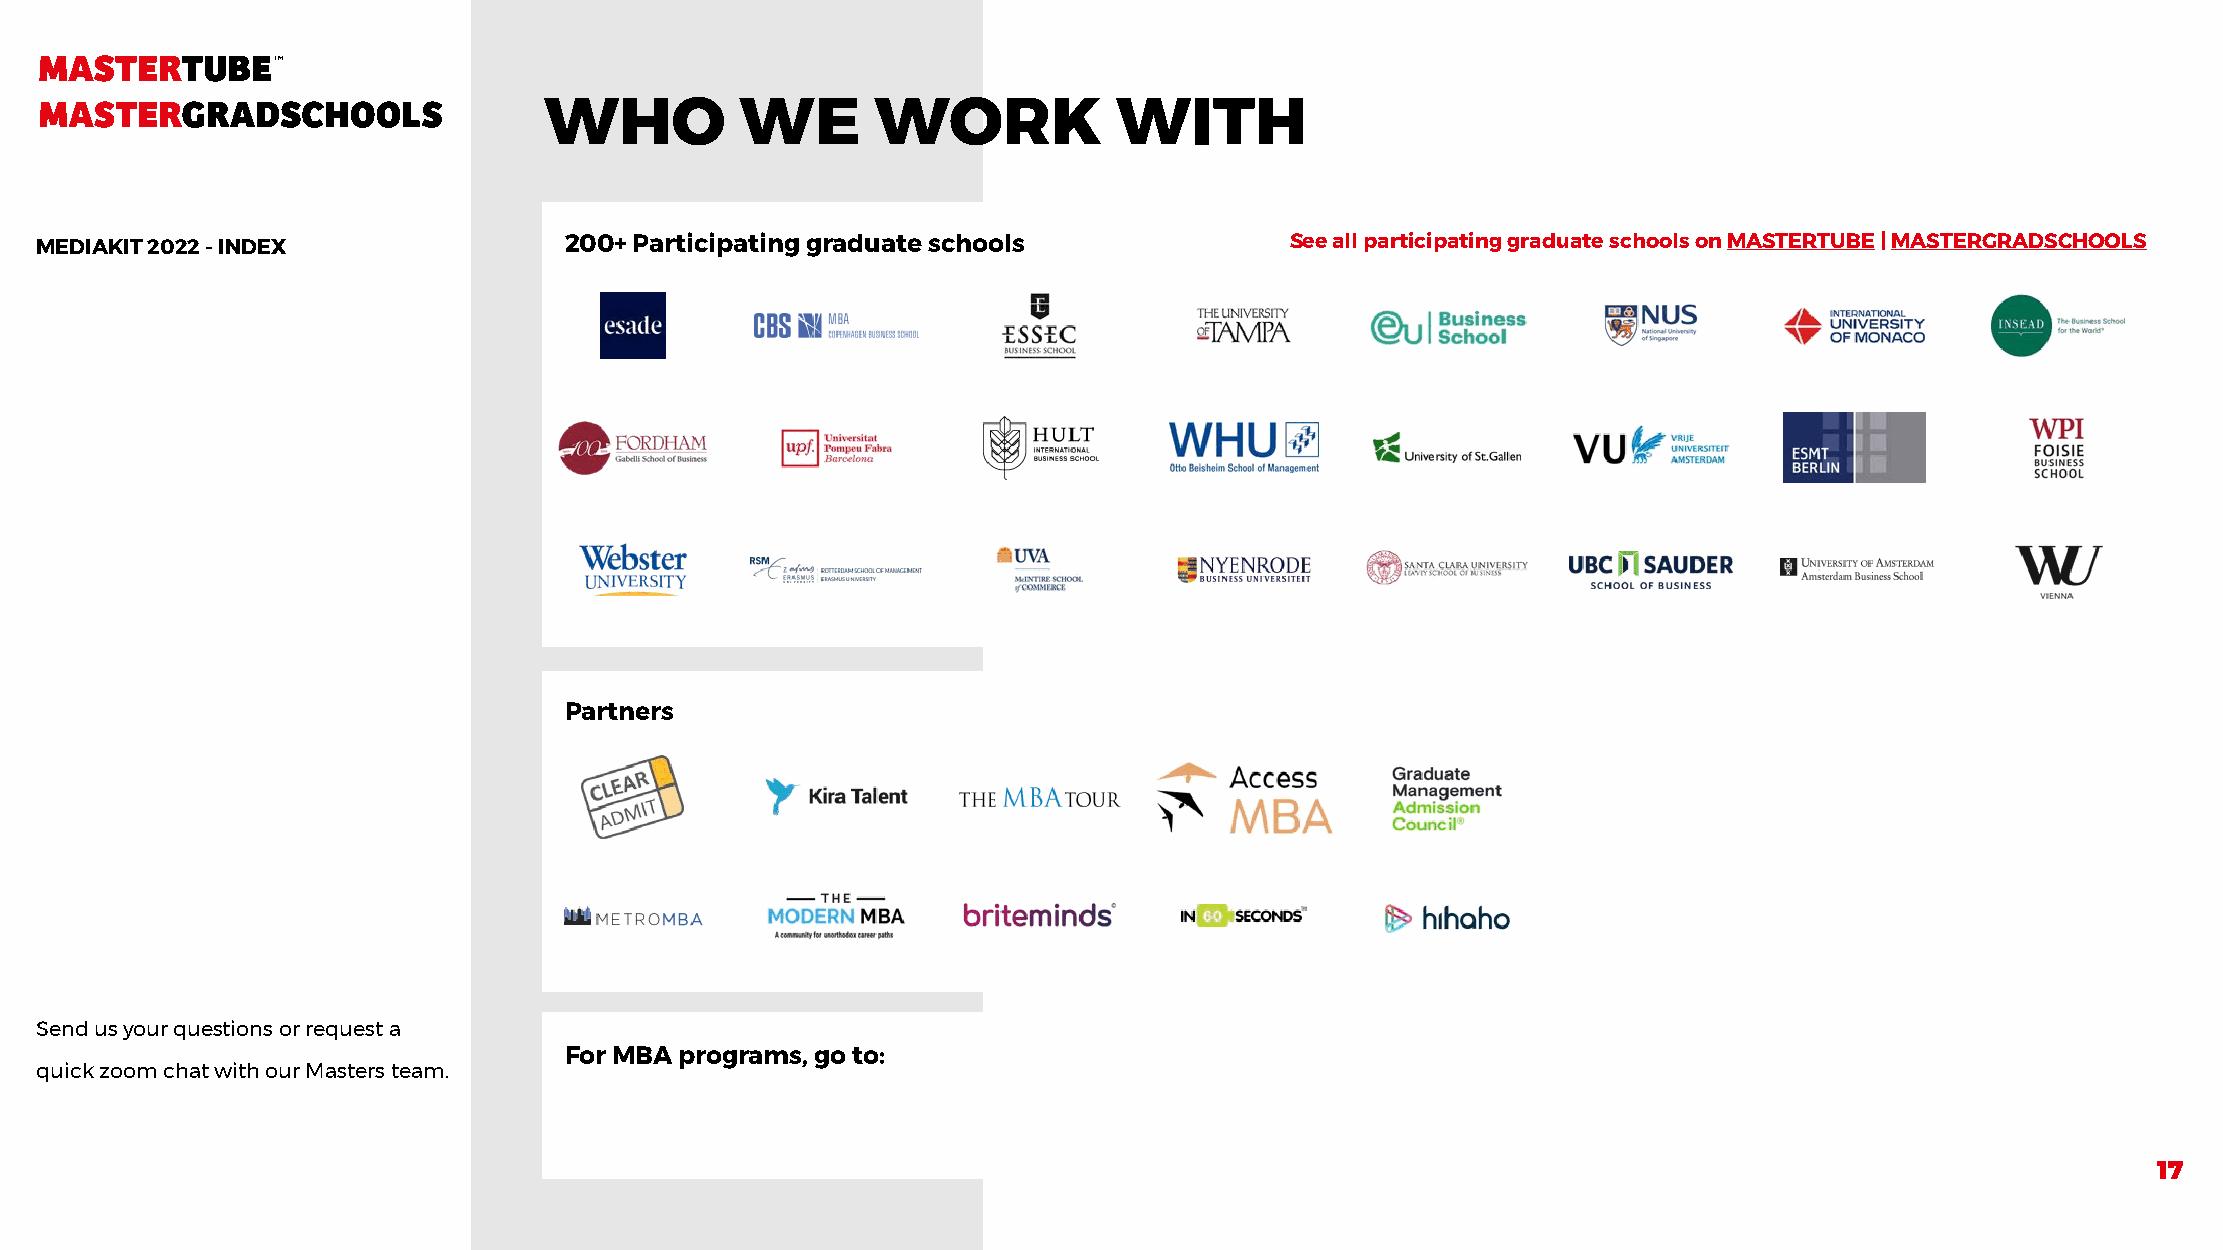
WHO          WE       WORK            WITH
 MEDIAKIT 2022 - INDEX              200+ Participating graduate schools             See all participating graduate schools on MASTERTUBE | MASTERGRADSCHOOLS
 Partners
 Send us your questions or request a
 For MBA programs, go to:
 quick zoom chat with our Masters team.
 17